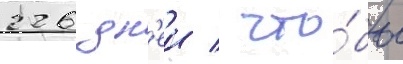
226 дн'еи / что́бы